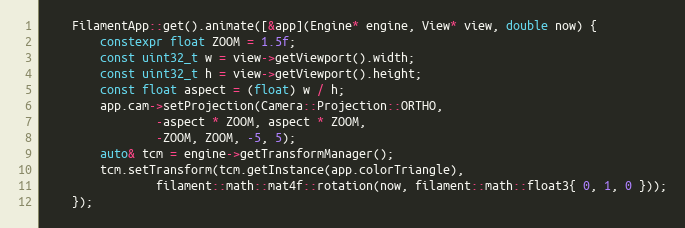
Language: C++
    FilamentApp::get().animate([&app](Engine* engine, View* view, double now) {
        constexpr float ZOOM = 1.5f;
        const uint32_t w = view->getViewport().width;
        const uint32_t h = view->getViewport().height;
        const float aspect = (float) w / h;
        app.cam->setProjection(Camera::Projection::ORTHO,
                -aspect * ZOOM, aspect * ZOOM,
                -ZOOM, ZOOM, -5, 5);
        auto& tcm = engine->getTransformManager();
        tcm.setTransform(tcm.getInstance(app.colorTriangle),
                filament::math::mat4f::rotation(now, filament::math::float3{ 0, 1, 0 }));
    });